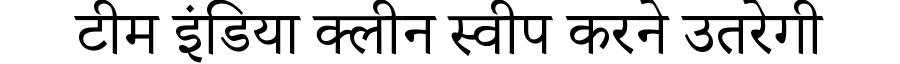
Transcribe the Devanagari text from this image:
टीम इंडिया क्लीन स्वीप करने उतरेगी